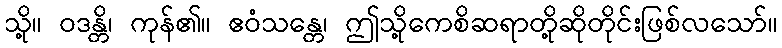
သို့။ ဝဒန္တိ၊ ကုန်၏။ ဧဝံသန္တေ၊ ဤသို့ကေစိဆရာတို့ဆိုတိုင်းဖြစ်လသော်။